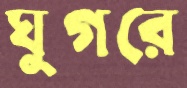
ঘুগরে